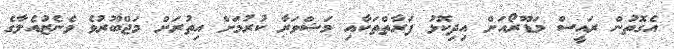
އެގޮތުން ރައީސް މަޑޫރޯއަށް އިދިކޮޅު ފަރާތްތަކާއި މަޝްވަރާ ކުރުމަށް އިތުރަށް މަޖްބޫރުވެ ވެނެޒުއެލާގެ